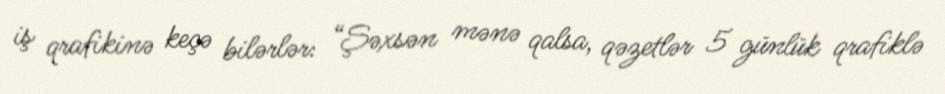
iş qrafikinə keçə bilərlər: “Şəxsən mənə qalsa, qəzetlər 5 günlük qrafiklə